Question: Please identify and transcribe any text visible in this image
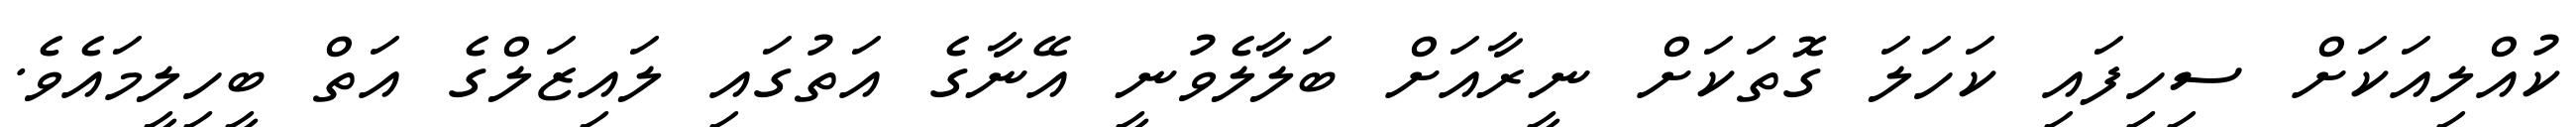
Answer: ކުއްލިއަކަށް ސިހިފައި ކަހަލަ ގޮތަކަށް ނީރާއަށް ބަލާލެވުނީ އޭނާގެ އަތުގައި ލައިޒަލްގެ އަތް ބީހިލީމައެވެ.